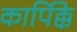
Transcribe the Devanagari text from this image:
कार्पिक्के